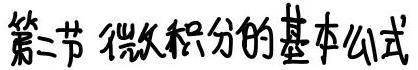
第二节 微积分的基本公式